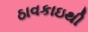
ઠાવકાઇથી